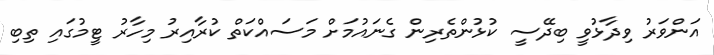
އަންވަރު ވިދާޅުވީ ބިދޭސީ ކުޅުންތެރިން ގެނައުމަށް މަސައްކަތް ކުރާއިރު މިހާރު ޓީމުގައި ތިބި